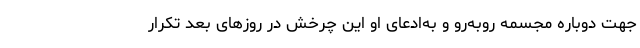
جهت دوباره مجسمه روبه‌رو و به‌ادعای او این چرخش در روز‌های بعد تکرار